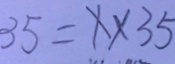
3 5 = x \times 3 5